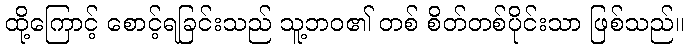
ထို့ကြောင့် စောင့်ရခြင်းသည် သူ့ဘဝ၏ တစ် စိတ်တစ်ပိုင်းသာ ဖြစ်သည်။